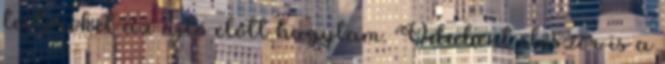
testőröket az ajtó előtt hagytam. Odabent először is a